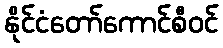
နိုင်ငံတော်ကောင်စီဝင်